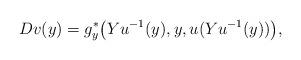
LaTeX: \begin{align*} Dv(y) = g^*_y\big(Yu^{-1}(y),y,u(Yu^{-1}(y))\big), \end{align*}